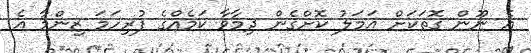
އެ ނޫން ގޮތަކަށް އަމަލު ކޮށްގެން ދިމާވާ ކަމެއްގެ ފުރިހަމަ ޒިންމާ އެ